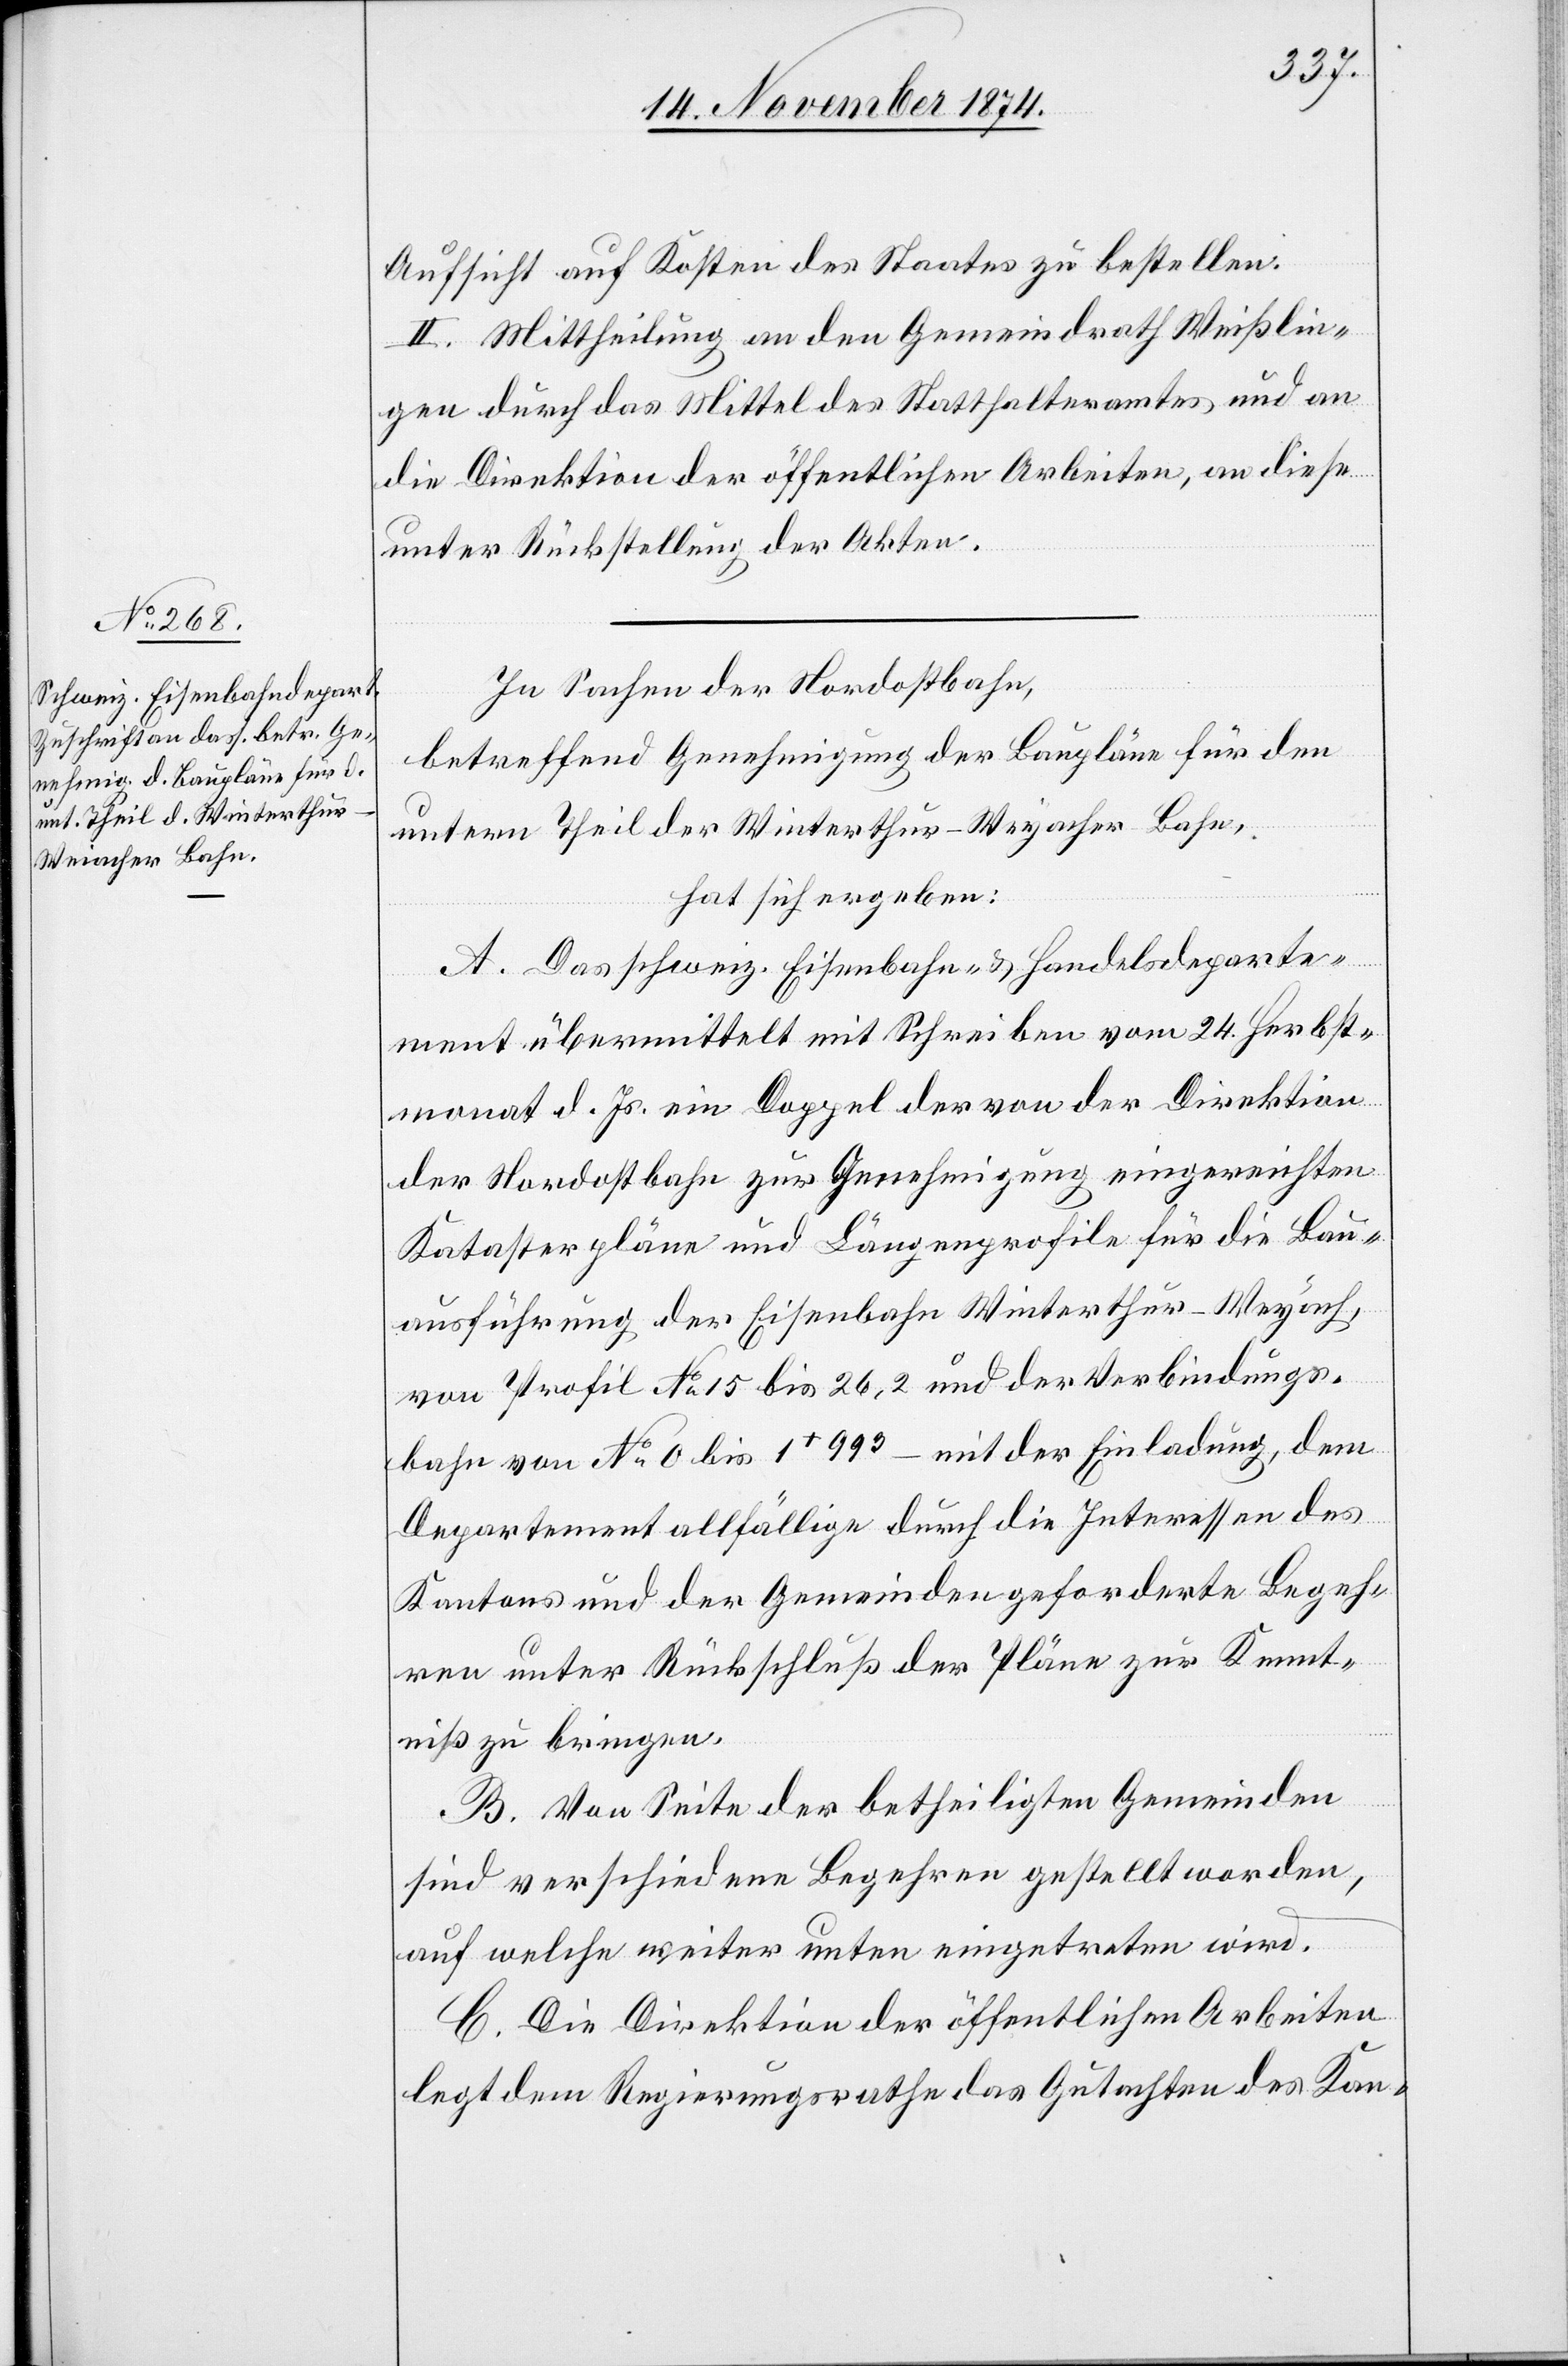
Aufsicht auf Kosten des Staates zu bestellen.
II. Mittheilung an den Gemeindrath Weißlin¬
gen durch das Mittel des Statthalteramtes und an
die Direktion der öffentlichen Arbeiten, an diese
unter Rückstellung der Akten.
In Sachen der Nordostbahn,
betreffend Genehmigung der Baupläne für den
untern Theil der Winterthur–Weyacher-Bahn,
hat sich ergeben:
A. Das schweiz. Eisenbahn- & Handelsdeparte¬
ment übermittelt mit Schreiben vom 24. Herbst¬
monat d. Js. ein Doppel der von der Direktion
der Nordostbahn zur Genehmigung eingereichten
Katasterpläne und Längenprofile für die Bau¬
ausführung der Eisenbahn Winterthur–Weyach,
von Profil No 15 bis 26,2 und der Verbindungs¬
bahn von No 0 bis 1+ 993 – mit der Einladung, dem
Departement allfällige durch die Interessen des
Kantons und der Gemeinden geforderte Begeh¬
ren unter Rückschluß der Pläne zur Kennt¬
niß zu bringen.
B. Von Seite der betheiligten Gemeinden
sind verschiedene Begehren gestellt worden,
auf welche weiter unten eingetreten wird.
C. Die Direktion der öffentlichen Arbeiten
legt dem Regierungsrathe das Gutachten des Kan-